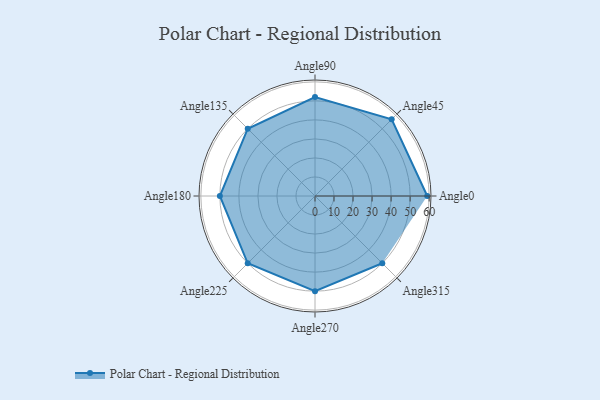
{"axis": {"x": "Angle", "y": "Radius"}, "legend": [""], "data": [{"x": "Angle0", "y": 59.0, "type": ""}, {"x": "Angle45", "y": 57.0, "type": ""}, {"x": "Angle90", "y": 52.0, "type": ""}, {"x": "Angle135", "y": 50, "type": ""}, {"x": "Angle180", "y": 50, "type": ""}, {"x": "Angle225", "y": 50, "type": ""}, {"x": "Angle270", "y": 50, "type": ""}, {"x": "Angle315", "y": 50, "type": ""}]}